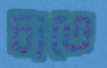
চাতে